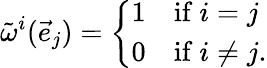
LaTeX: {\tilde{\omega}}^{i}({\vec{e}}_{j})=\left\{ {\begin{array}{ll}{1}&{\mathrm{if}\ i=j}\\ {0}&{\mathrm{if}\ i\not=j.}\end{array}}\right.